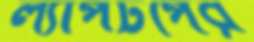
ল্যাপটপের